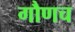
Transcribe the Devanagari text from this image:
गौणच